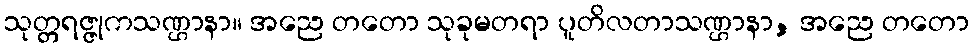
သုတ္တရဇ္ဇုကသဏ္ဌာနာ။ အညေ တတော သုခုမတရာ ပူတိလတာသဏ္ဌာနာ, အညေ တတော